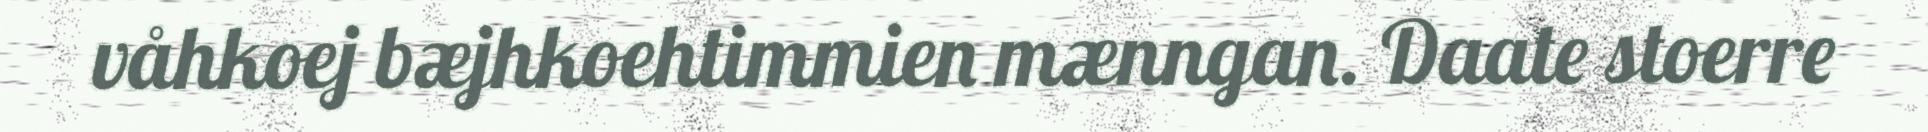
våhkoej bæjhkoehtimmien mænngan. Daate stoerre